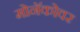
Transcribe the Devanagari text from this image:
मोनॅकोवर